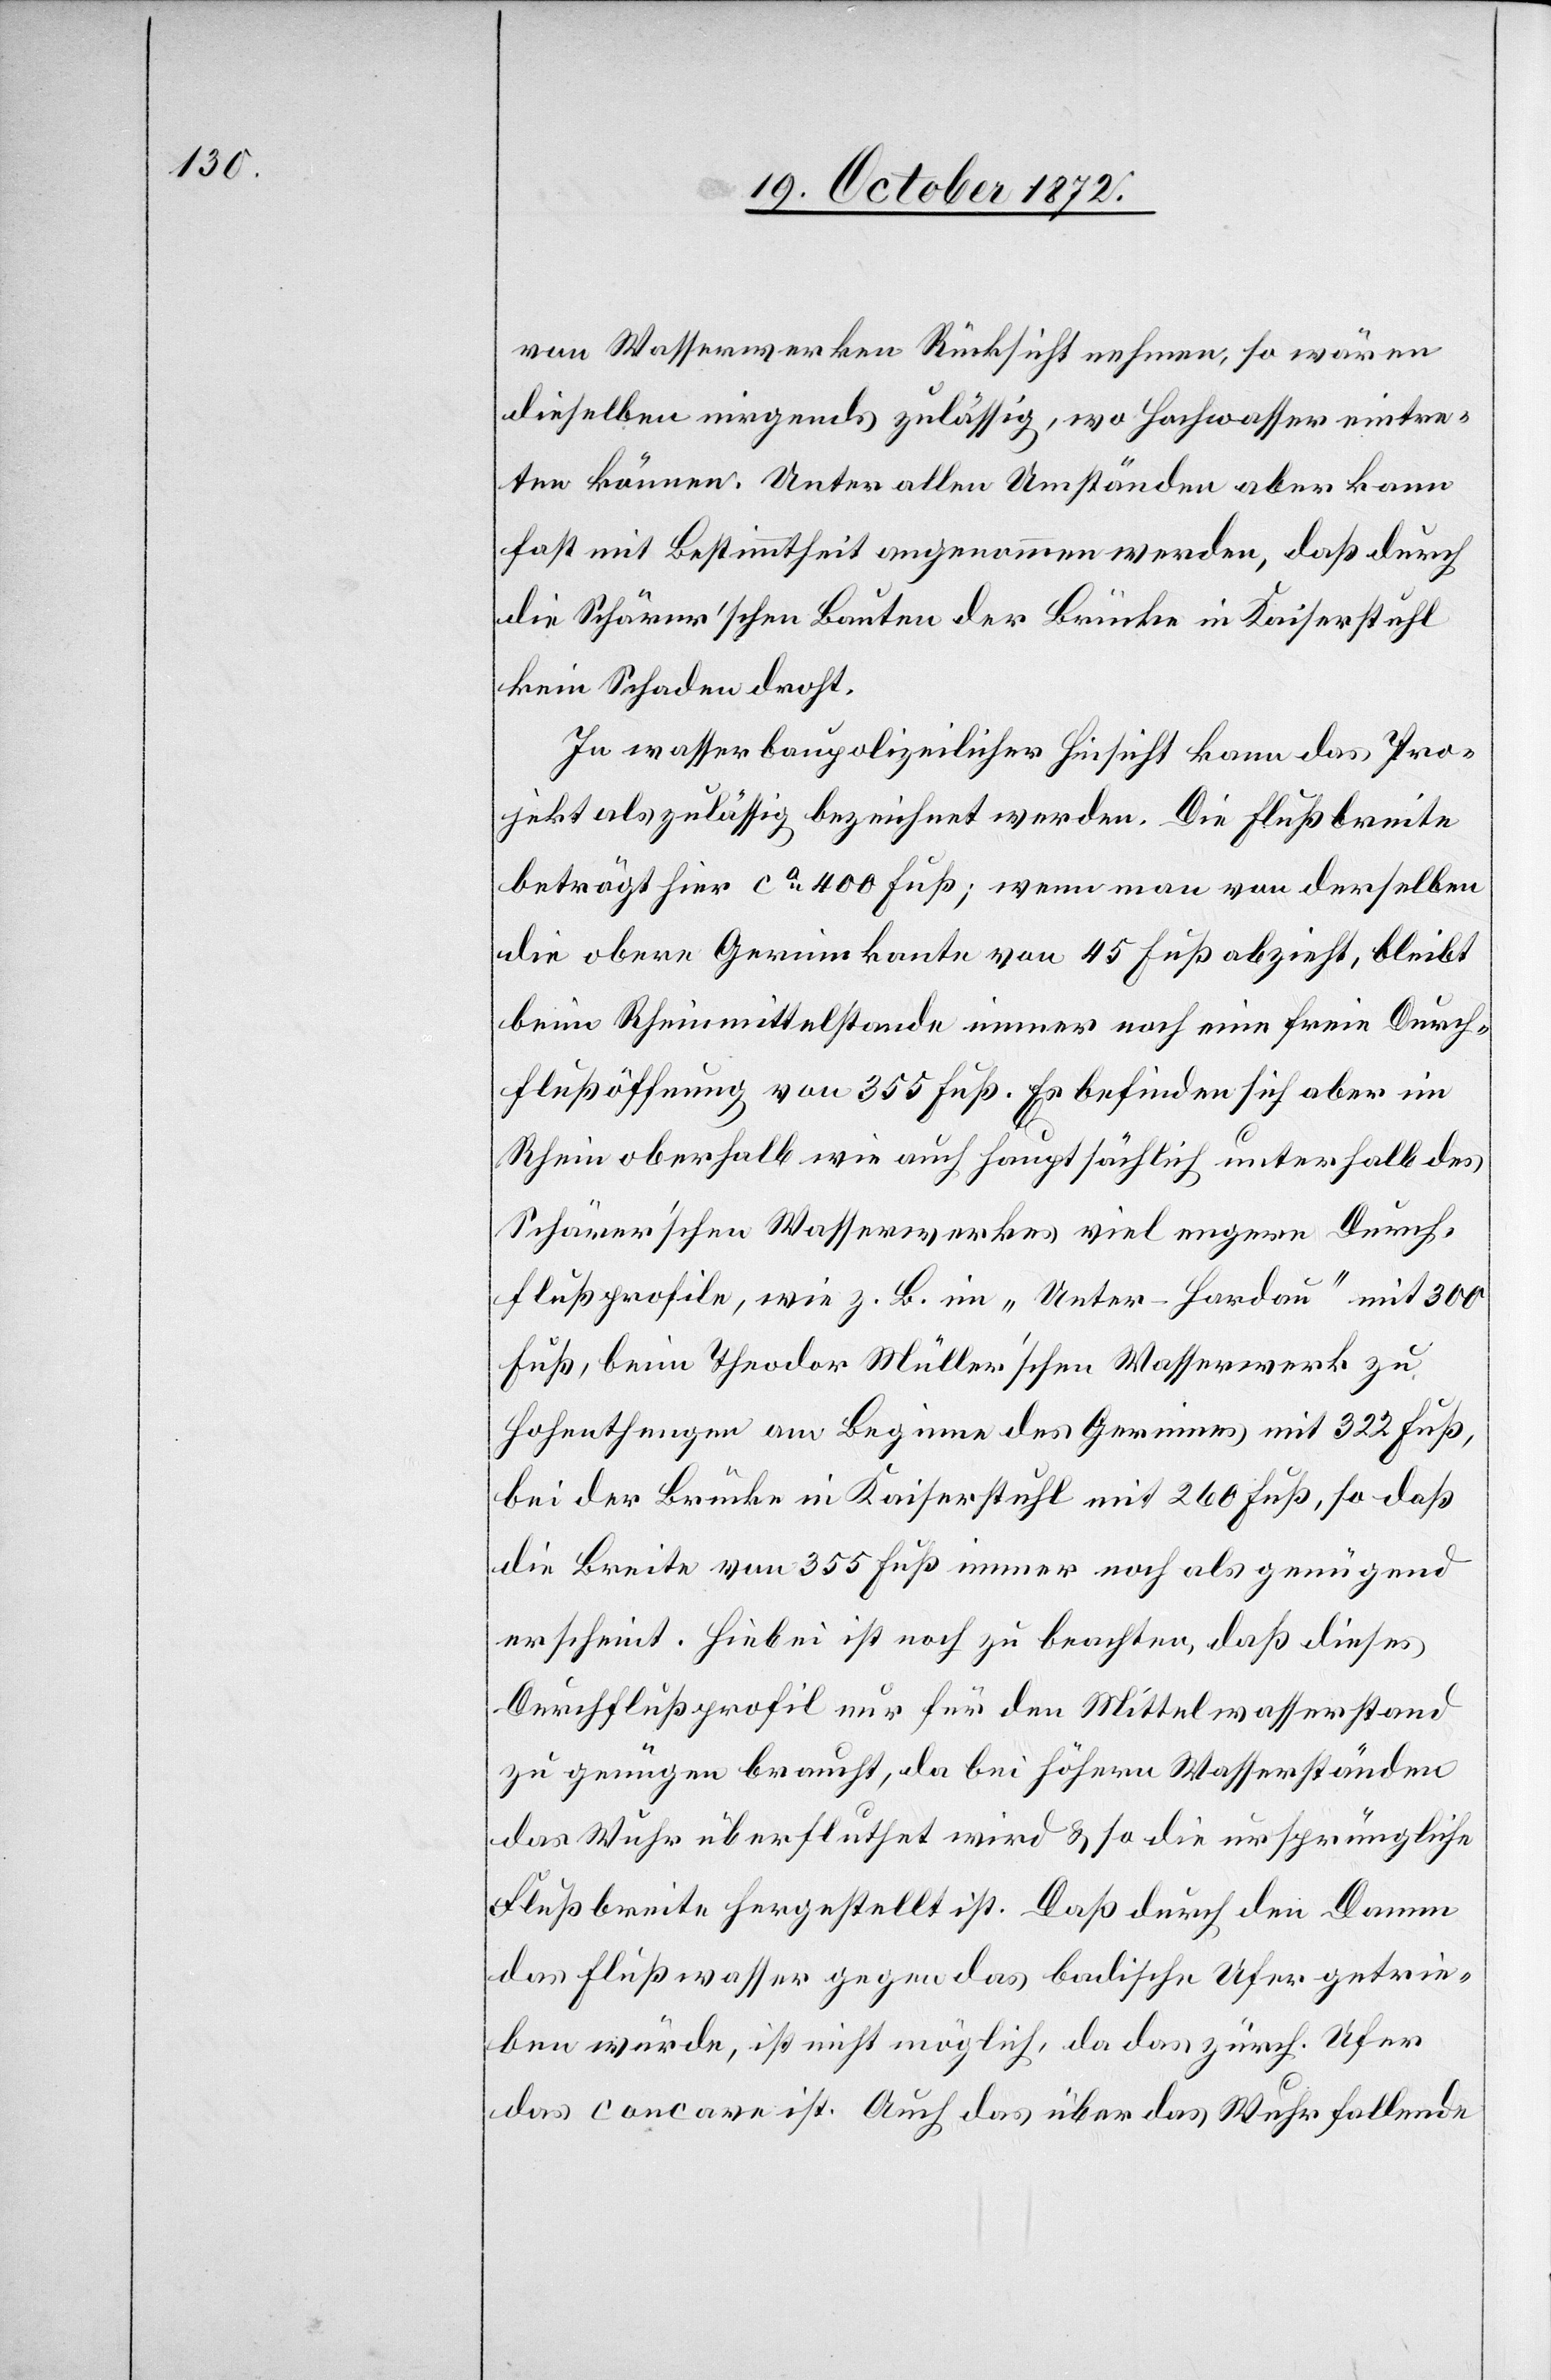
von Wasserwerken Rücksicht nehmen, so wären
dieselben nirgends zulässig, wo Hochwasser eintre¬
ten können. Unter allen Umständen aber kann
fast mit Bestimmtheit angenommen werde, daß durch
die Schärer’schen Bauten der Brücke in Kaiserstuhl
kein Schaden droht.
In wasserbaupolizeilicher Hinsicht kann das Pro¬
jekt als zulässig bezeichnet werden. Die Flußbreite
beträgt hier ca 400 Fuß; wenn man von derselben
die obere Gerinnkante von 45 Fuß abzieht, bleibt
beim Rheinmittelstande immer noch eine freie Durch¬
flußöffnung von 355 Fuß. Es befinden sich aber im
Rhein oberhalb wie auch hauptsächlich unterhalb des
Schärer’schen Wasserwerkes viel engere Durch¬
flußprofile, wie z. B. im „Unter-Hardau“ mit 300
Fuß, beim Theodor Müller’schen Wasserwerk zu
Hohenthengen am Beginne des Gerinnes mit 322 Fuß,
bei der Brücke in Kaiserstuhl mit 260 Fuß, so daß
die Breite von 355 Fuß immer noch als genügend
erscheint. Hiebei ist noch zu beachten, daß dieses
Durchflußprofil nur für den Mittelwasserstand
zu genügen braucht, da bei höhern Wasserständen
das Wuhr überfluthet wird u. so die ursprüngliche
Flußbreite hergestellt ist. Daß durch den Damm
das Flußwasser gegen das badische Ufer getrie¬
ben würde, ist nicht möglich, da das zürch. Ufer
das concave ist. Auch das über das Wuhr fallende